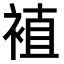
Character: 𫌁